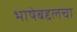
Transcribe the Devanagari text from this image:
भाषेबद्दलचा